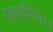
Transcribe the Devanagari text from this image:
मावलिया।